Report of the Hyderabad Chloroform Commission
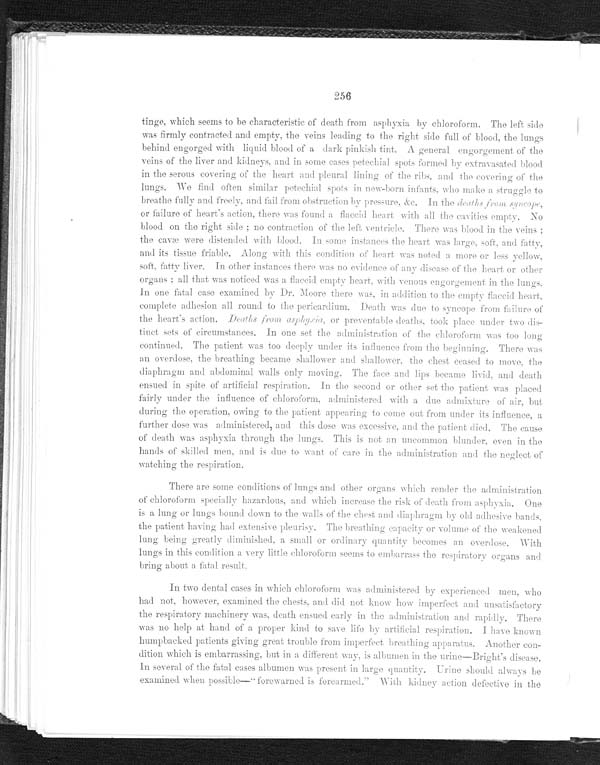
256
tinge, which seems to be characteristic of death from asphyxia by chloroform. The left side
was firmly contracted and empty, the veins leading to the right side full of blood, the lungs
behind engorged with liquid blood of a dark pinkish tint. A general engorgement of the
veins of the liver and kidneys, and in some cases petechial spots formed by extravasated blood
in the serous covering of the heart and pleural lining of the ribs, and the covering of the
lungs. We find often similar petechial spots in new-born infants, who make a struggle to
breathe fully and freely, and fail from obstruction by pressure, &C.I n
t h e d e a t h s f r o m s y n c o p e ,
or failure of heart's action, there was found a flaccid heart with all the cavities empty. No
blood on the right side; no contraction of the left vent ricle. There was bl ood in the veins;
the cavæ were distended with blood. In some instances the heart was large, soft, and fatty,
and its tissue friable. Along with this condition of heart
was noted a more or less yellow,
soft, fatty liver. in other instances there was no evidence of any disease of the heart or other
organs:
all that was noticed was a flaccid empty heart, with venous engorgement in the lungs,
In one fatal case examined by Dr. Moore there was in addition to the empty flaccid heart,
complete adhesion all round to the pericardium. Death was due to syncope from failure of
the heart's action.D e a t h s f r o m a s p h y x i a ,
or preventable deaths, took place under two dis-
-tinct sets of circumstances. In one set the administration of the chloroform was too long
continued. The patient was too deeply under its influence from the beginning. There was
an overdose, th e breathing became shallower and shallower, the chest ceased to move, the
diaphragm and abdominal
walls only moving. The face and lips became livid, and death
ensued in spite of artificial respiration. In the second or other set the patient was placed
fairy- under the influence of chloroform, administered
with a due admixture of air, but
during the operation, owing to the patient appearing to come out from under its influence, a
further dose was administered, and this dose was excessive, and the patient died. The cause
of death was asphyxia through the lungs, This is not an uncommon blunder, even in the
hands or skilled men, and is due to want of care in the administration and the neglect of
watching the r es pi r at i on.
There are some conditions of lungs and other organs which render the administration
of chloroform specially hazardous, and which increase the risk of death from asphyxia. One
is a lung or lungs bound down to the walls of the chest and diaphragm by old adhesive ba n d s ,
the patient having had extensive pleurisy. The breathing capacity or volume of the weakened
lung being greatly diminished, a small or ordinary quantity becomes an overdose. With
lungs in this condition a very
little chloroform seems to embarrass the respiratory organs and
bring about a fatal result.
In two dental cases in which chloroform was administered by experienced men, who
had not, however, examined the chests, and did not know how imperfect a nd unsatisfactory
the respiratory machinery was, d e a t h
e n s u e d
e a r l y i n t h e a d m i n i s t r a t i o n a n d r a p i d l y .T
h e r e
was no help at hand of a proper kind to save l i f e by ar t i f i ci al r espi r at i on. I h a v e k n o w n
humpbacked patients giving great trouble from imperfect breathing apparatus. Another con-
- d i t i o n w h i c h i s e m b a r r a s s i n g , b u t i n a d i f f e r e n t w a y , i s a l b u m e n i n t h e u r i n e — B r i g h t ' s d i s e a s e .
In several of the fatal cases albumen was present in large quantity. Urine should always be
examined when possible- "forewarned isf o r e a r m e d . "
W i t h
k i d n e y a c t i o n d e f e c t i v e i n t h e